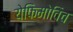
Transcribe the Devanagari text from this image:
येफिमोविच